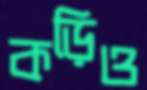
কড়িও